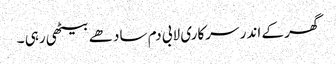
گھر کے اندر سرکاری لابی دم سادھے بیٹھی رہی ۔